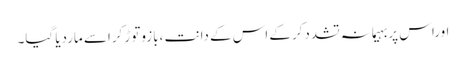
اوراس پربہیمانہ تشددکرکے اس کے دانت ،بازوتوڑ کراسے ماردیا گیا۔